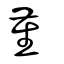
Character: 堇